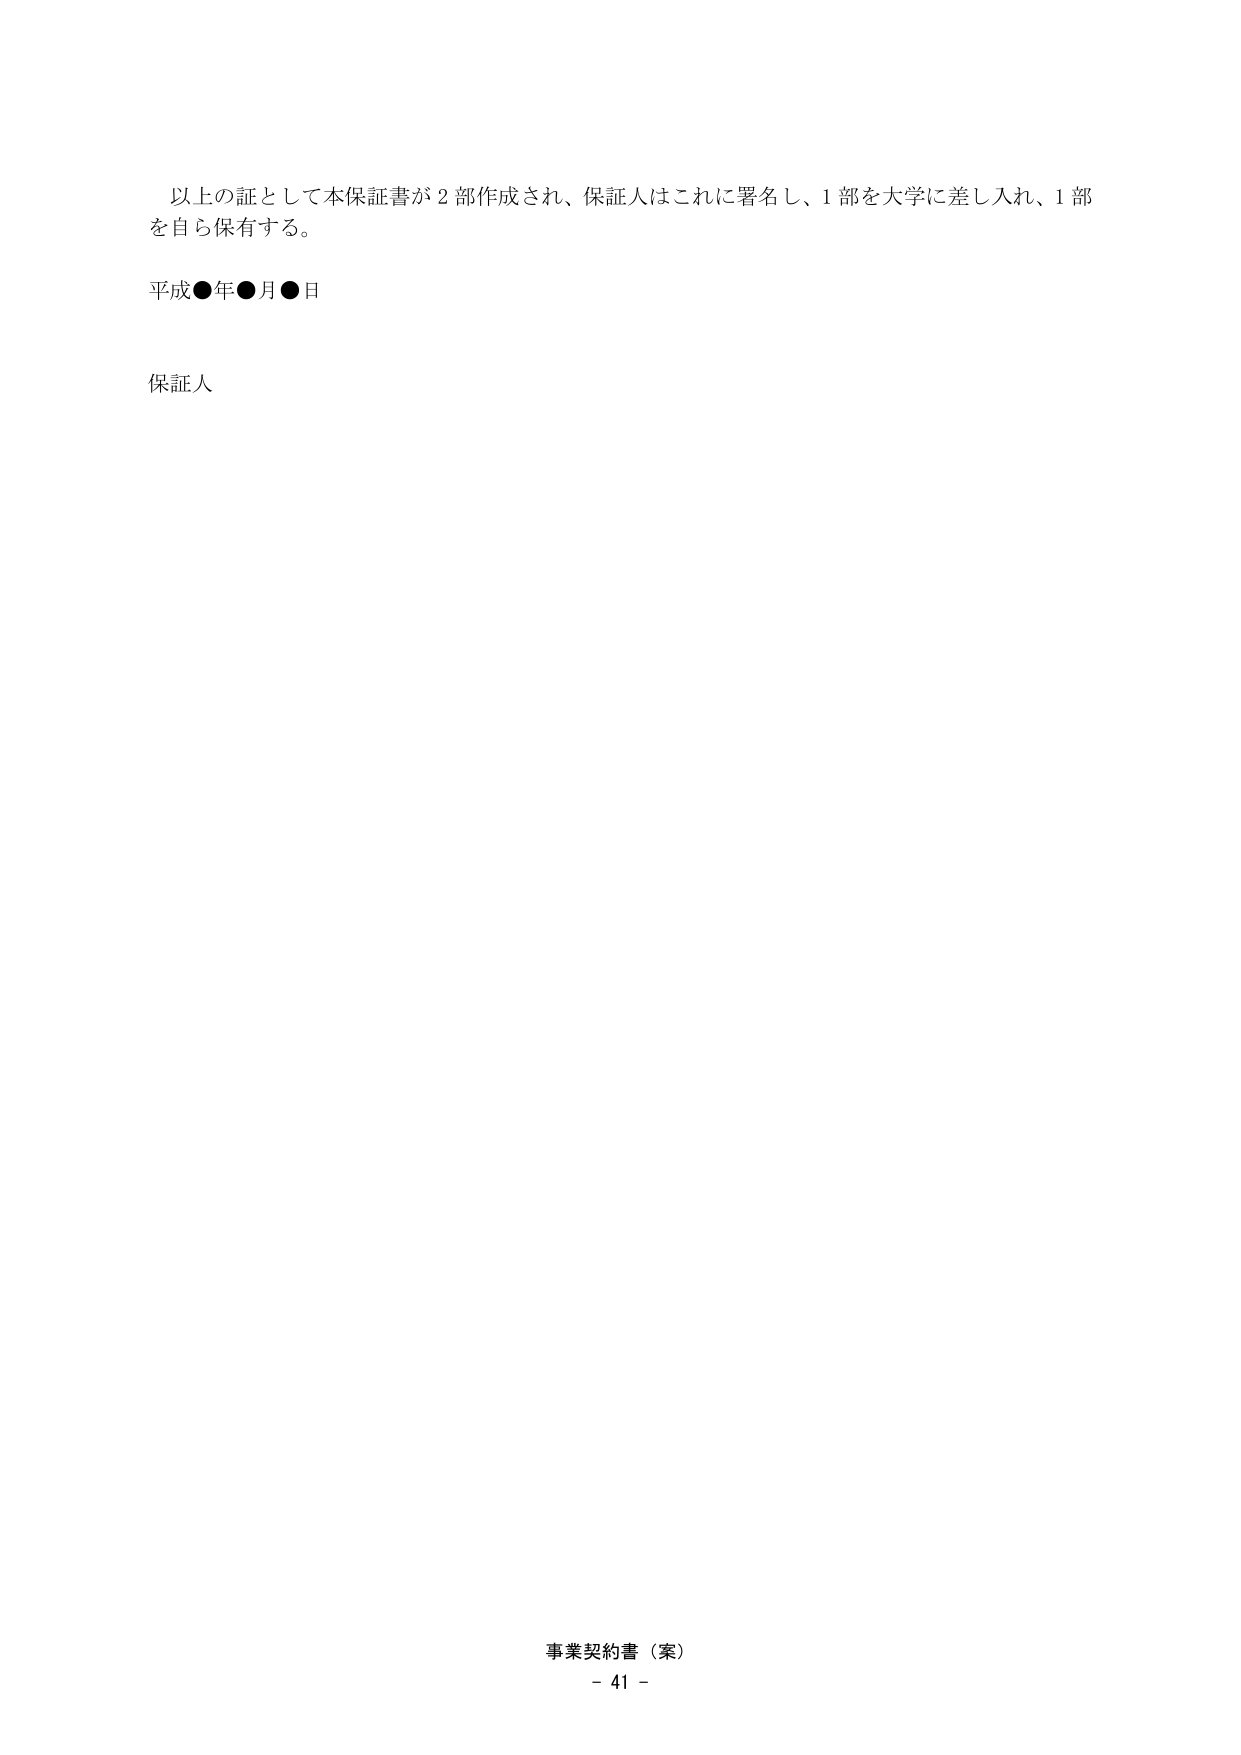
以上の証として本保証書が２部作成され、保証人はこれに署名し、１部を大学に差し入れ、１部を自ら保有する。

平成●年●月●日

保証人

事業契約書（案）
- 41 -